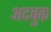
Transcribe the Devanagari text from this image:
अदबुक